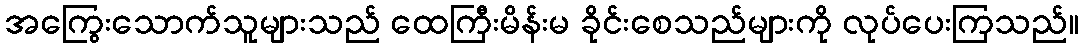
အကြွေးသောက်သူများသည် ထေကြီးမိန်းမ ခိုင်းစေသည်များကို လုပ်ပေးကြသည်။